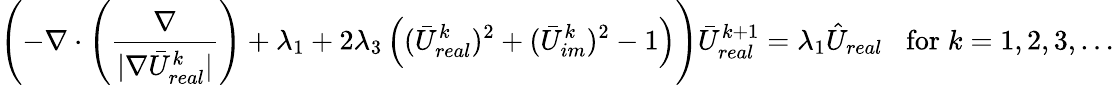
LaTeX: \left(-\nabla\cdot\left(\frac{\nabla}{|\nabla\bar{U}_{real}^{k}|}\right)+\lambda_{1}+2\lambda_{3}\left((\bar{U}_{real}^{k})^{2}+(\bar{U}_{im}^{k})^{2}-1\right)\right)\bar{U}_{real}^{k+1}=\lambda_{1}\hat{U}_{real}\; \; \; \mathrm{for}\; k=1,2,3,\ldots